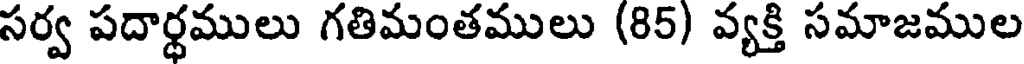
సర్వ పదార్ధములు గతిమంతములు (85) వ్యక్తి సమాజముల